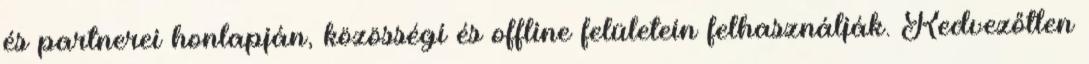
és partnerei honlapján, közösségi és offline felületein felhasználják. Kedvezőtlen